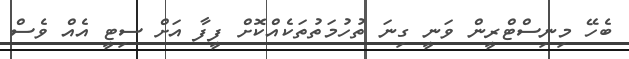
ބެހޭ މިނިސްޓްރީން ވަނީ ގިނަ ތުހުމަތުތަކެއްކޮށް ފީފާ އަށް ސިޓީ އެއް ވެސް